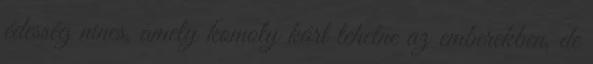
édesség nincs, amely komoly kárt tehetne az emberekben, de